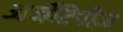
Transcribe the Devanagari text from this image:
अर्जेटिपीज़